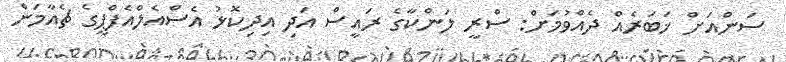
ސަންއަށް ޚަބަރެއް ދެއްވުމަށް: ސްރީ ލަންކާގެ ރައީސް އަދި އިދިކޮޅު އެސްއެލްއެފްޕީގެ ޗެއާމަން